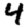
Digit: 4